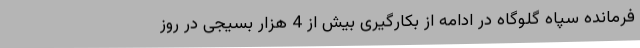
فرمانده سپاه گلوگاه در ادامه از بکارگیری بیش از 4 هزار بسیجی در روز